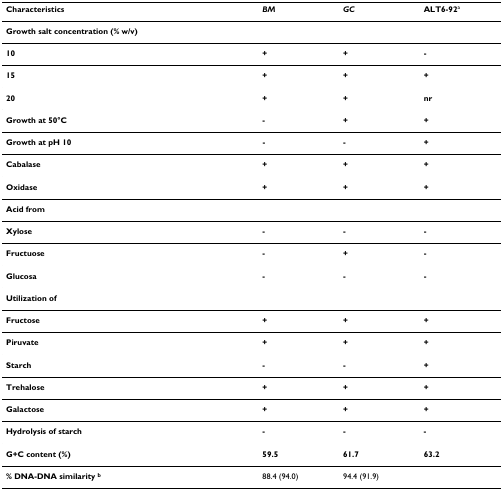
<table><thead><tr><td><b>Characteristics</b></td><td><b><i>BM</i></b></td><td><b><i>GC</i></b></td><td><b>ALT6-92<sup>a</sup></b></td></tr></thead><tbody><tr><td><b>Growth salt concentration (% w/v)</b></td><td></td><td></td><td></td></tr><tr><td><b>10</b></td><td><b>+</b></td><td><b>+</b></td><td><b>-</b></td></tr><tr><td><b>15</b></td><td><b>+</b></td><td><b>+</b></td><td><b>+</b></td></tr><tr><td><b>20</b></td><td><b>+</b></td><td><b>+</b></td><td><b>nr</b></td></tr><tr><td><b>Growth at 50°C</b></td><td><b>-</b></td><td><b>+</b></td><td><b>+</b></td></tr><tr><td><b>Growth at pH 10</b></td><td><b>-</b></td><td><b>-</b></td><td><b>+</b></td></tr><tr><td><b>Cabalase</b></td><td><b>+</b></td><td><b>+</b></td><td><b>+</b></td></tr><tr><td><b>Oxidase</b></td><td><b>+</b></td><td><b>+</b></td><td><b>+</b></td></tr><tr><td><b>Acid from</b></td><td></td><td></td><td></td></tr><tr><td><b>Xylose</b></td><td><b>-</b></td><td><b>-</b></td><td><b>-</b></td></tr><tr><td><b>Fructuose</b></td><td><b>-</b></td><td><b>+</b></td><td><b>-</b></td></tr><tr><td><b>Glucosa</b></td><td><b>-</b></td><td><b>-</b></td><td><b>-</b></td></tr><tr><td><b>Utilization of</b></td><td></td><td></td><td></td></tr><tr><td><b>Fructose</b></td><td><b>+</b></td><td><b>+</b></td><td><b>+</b></td></tr><tr><td><b>Piruvate</b></td><td><b>+</b></td><td><b>+</b></td><td><b>+</b></td></tr><tr><td><b>Starch</b></td><td><b>-</b></td><td><b>-</b></td><td><b>+</b></td></tr><tr><td><b>Trehalose</b></td><td><b>+</b></td><td><b>+</b></td><td><b>+</b></td></tr><tr><td><b>Galactose</b></td><td><b>+</b></td><td><b>+</b></td><td><b>+</b></td></tr><tr><td><b>Hydrolysis of starch</b></td><td><b>-</b></td><td><b>-</b></td><td><b>-</b></td></tr><tr><td><b>G+C content (%)</b></td><td><b>59.5</b></td><td><b>61.7</b></td><td><b>63.2</b></td></tr><tr><td><b>% DNA-DNA similarity <sup>b</sup></b></td><td>88.4 (94.0)</td><td>94.4 (91.9)</td><td></td></tr></tbody></table>